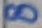
Text: 8